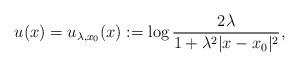
LaTeX: \begin{align*} u(x)=u_{\lambda,x_0}(x):=\log\frac{2\lambda}{1+\lambda^2|x-x_0|^2}, \end{align*}